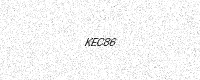
Text: KEC86